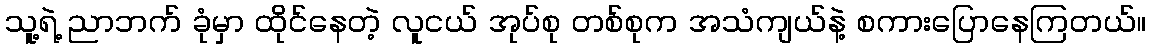
သူ့ရဲ့ ညာဘက် ခုံမှာ ထိုင်နေတဲ့ လူငယ် အုပ်စု တစ်စုက အသံကျယ်နဲ့ စကားပြောနေကြတယ်။